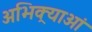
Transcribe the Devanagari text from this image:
अभिक्र्याओं